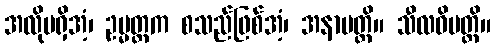
အလိုမရှိအံ့၊ ဥမ္မတ္တက စသည်ဖြစ်အံ့၊ အနာပတ္တိ။ သီလဝိပတ္တိ။